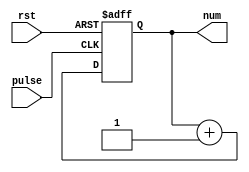
//            ///////////////////////////////
module line_det(
    input pulse,
    input rst,
    output [31:0] num
    );
    
    reg [31:0] cnt;//
    assign num=cnt;

    always@(posedge pulse, posedge rst)
    begin
        if(rst)
            cnt<=0;
        else
            cnt<=cnt+1;//+1rst
    end
endmodule